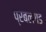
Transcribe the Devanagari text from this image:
प्रबलगड